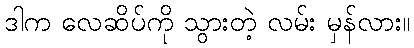
ဒါက လေဆိပ်ကို သွားတဲ့ လမ်း မှန်လား။